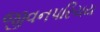
જીવનપરિચય